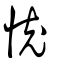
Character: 㤝